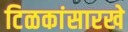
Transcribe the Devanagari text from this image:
टिळकांसारखे